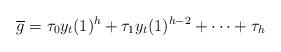
LaTeX: \begin{align*}\overline g=\tau_0y_t(1)^h+\tau_1y_t(1)^{h-2}+\cdots+\tau_h\end{align*}